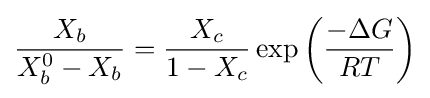
{\frac {X_{b}}{X_{b}^{0}-X_{b}}}={\frac {X_{c}}{1-X_{c}}}\exp \left({\frac {-\Delta G}{RT}}\right)